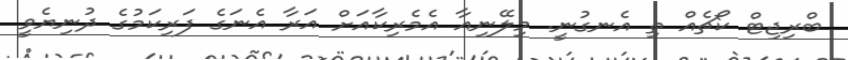
ބްރިޖިޓް ކޯޗެއް ތި އެނގުނީ. މިލޭނިއާ އެމެރިކާއަށް އަރާ އެނަގެ ފަރިކަމުގެ ދުނިޔެވީ